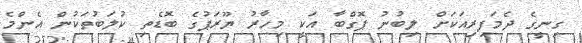
ގިނީގެ ދެމަފިރިއަކަށް ލިބުނު ޕޮގްބާ އަކީ މިހާރު ޔޫރަޕުގެ ބޮޑެތި ކުލަބުތަކުން އެންމެ